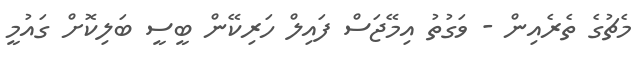
މެޗުގެ ތެރެއިން - ވަގުތު އިމޭޖަސް ފައިލް ހަރިކޭން ބީސީ ބަލިކޮށް ގައުމީ